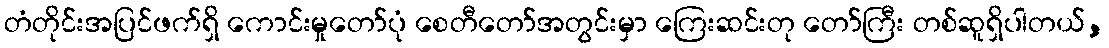
တံတိုင်းအပြင်ဖက်ရှိ ကောင်းမှုတော်ပုံ စေတီတော်အတွင်းမှာ ကြေးဆင်းတု တော်ကြီး တစ်ဆူရှိပါတယ်,